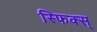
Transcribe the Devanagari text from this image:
स्फिक्स्